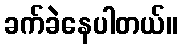
ခက်ခဲနေပါတယ်။